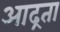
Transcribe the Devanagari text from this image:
आद्रता